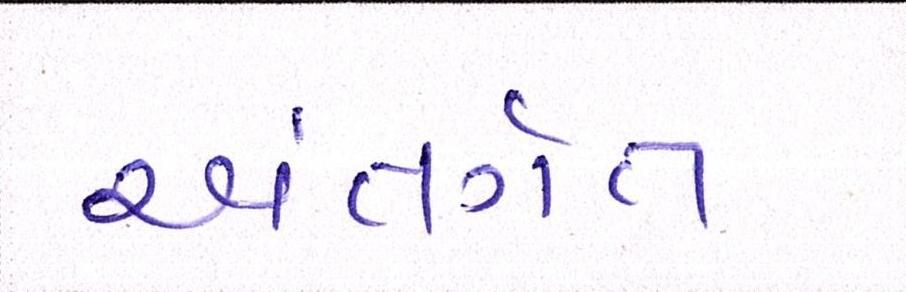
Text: અંતગૅત